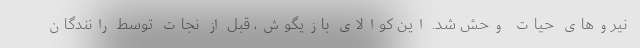
نیرو‌های حیات وحش شد. این کوالای بازیگوش، قبل از نجات توسط رانندگان